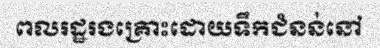
ពលរដ្ឋរងគ្រោះដោយទឹកជំនន់នៅ